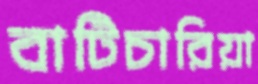
বাটিচারিয়া